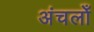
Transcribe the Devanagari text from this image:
अंचलोँ